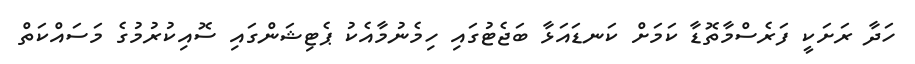
ހަދާ ރަށަކީ ފަރެސްމާތޮޑާ ކަމަށް ކަނޑައަޅާ ބަޖެޓުގައި ހިމެނުމާއެކު ޕެޓިޝަންގައި ސޮއިކުރުމުގެ މަސައްކަތް